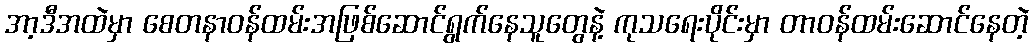
အာ့ဒီအထဲမှာ စေတနာဝန်ထမ်းအဖြစ်ဆောင်ရွက်နေသူတွေနဲ့ ကုသရေးပိုင်းမှာ တာဝန်ထမ်းဆောင်နေတဲ့